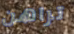
تراهن